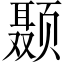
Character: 颞